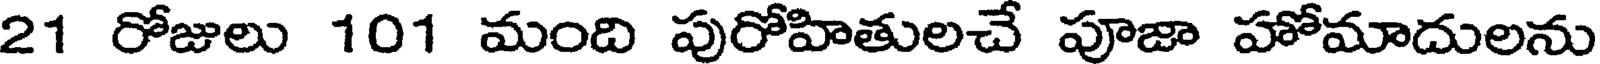
21 రోజులు 101 మంది పురోహితులచే పూజా హోమాదులను